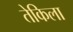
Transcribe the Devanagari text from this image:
तेकिला